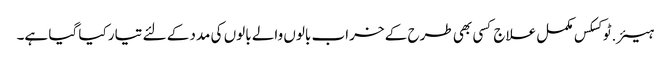
ہیئر.ٹوکسکس مکمل علاج کسی بھی طرح کے خراب بالوں والے بالوں کی مدد کے لئے تیار کیا گیا ہے۔